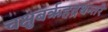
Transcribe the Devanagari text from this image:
चक्षुबरृहद्रथन्तरे